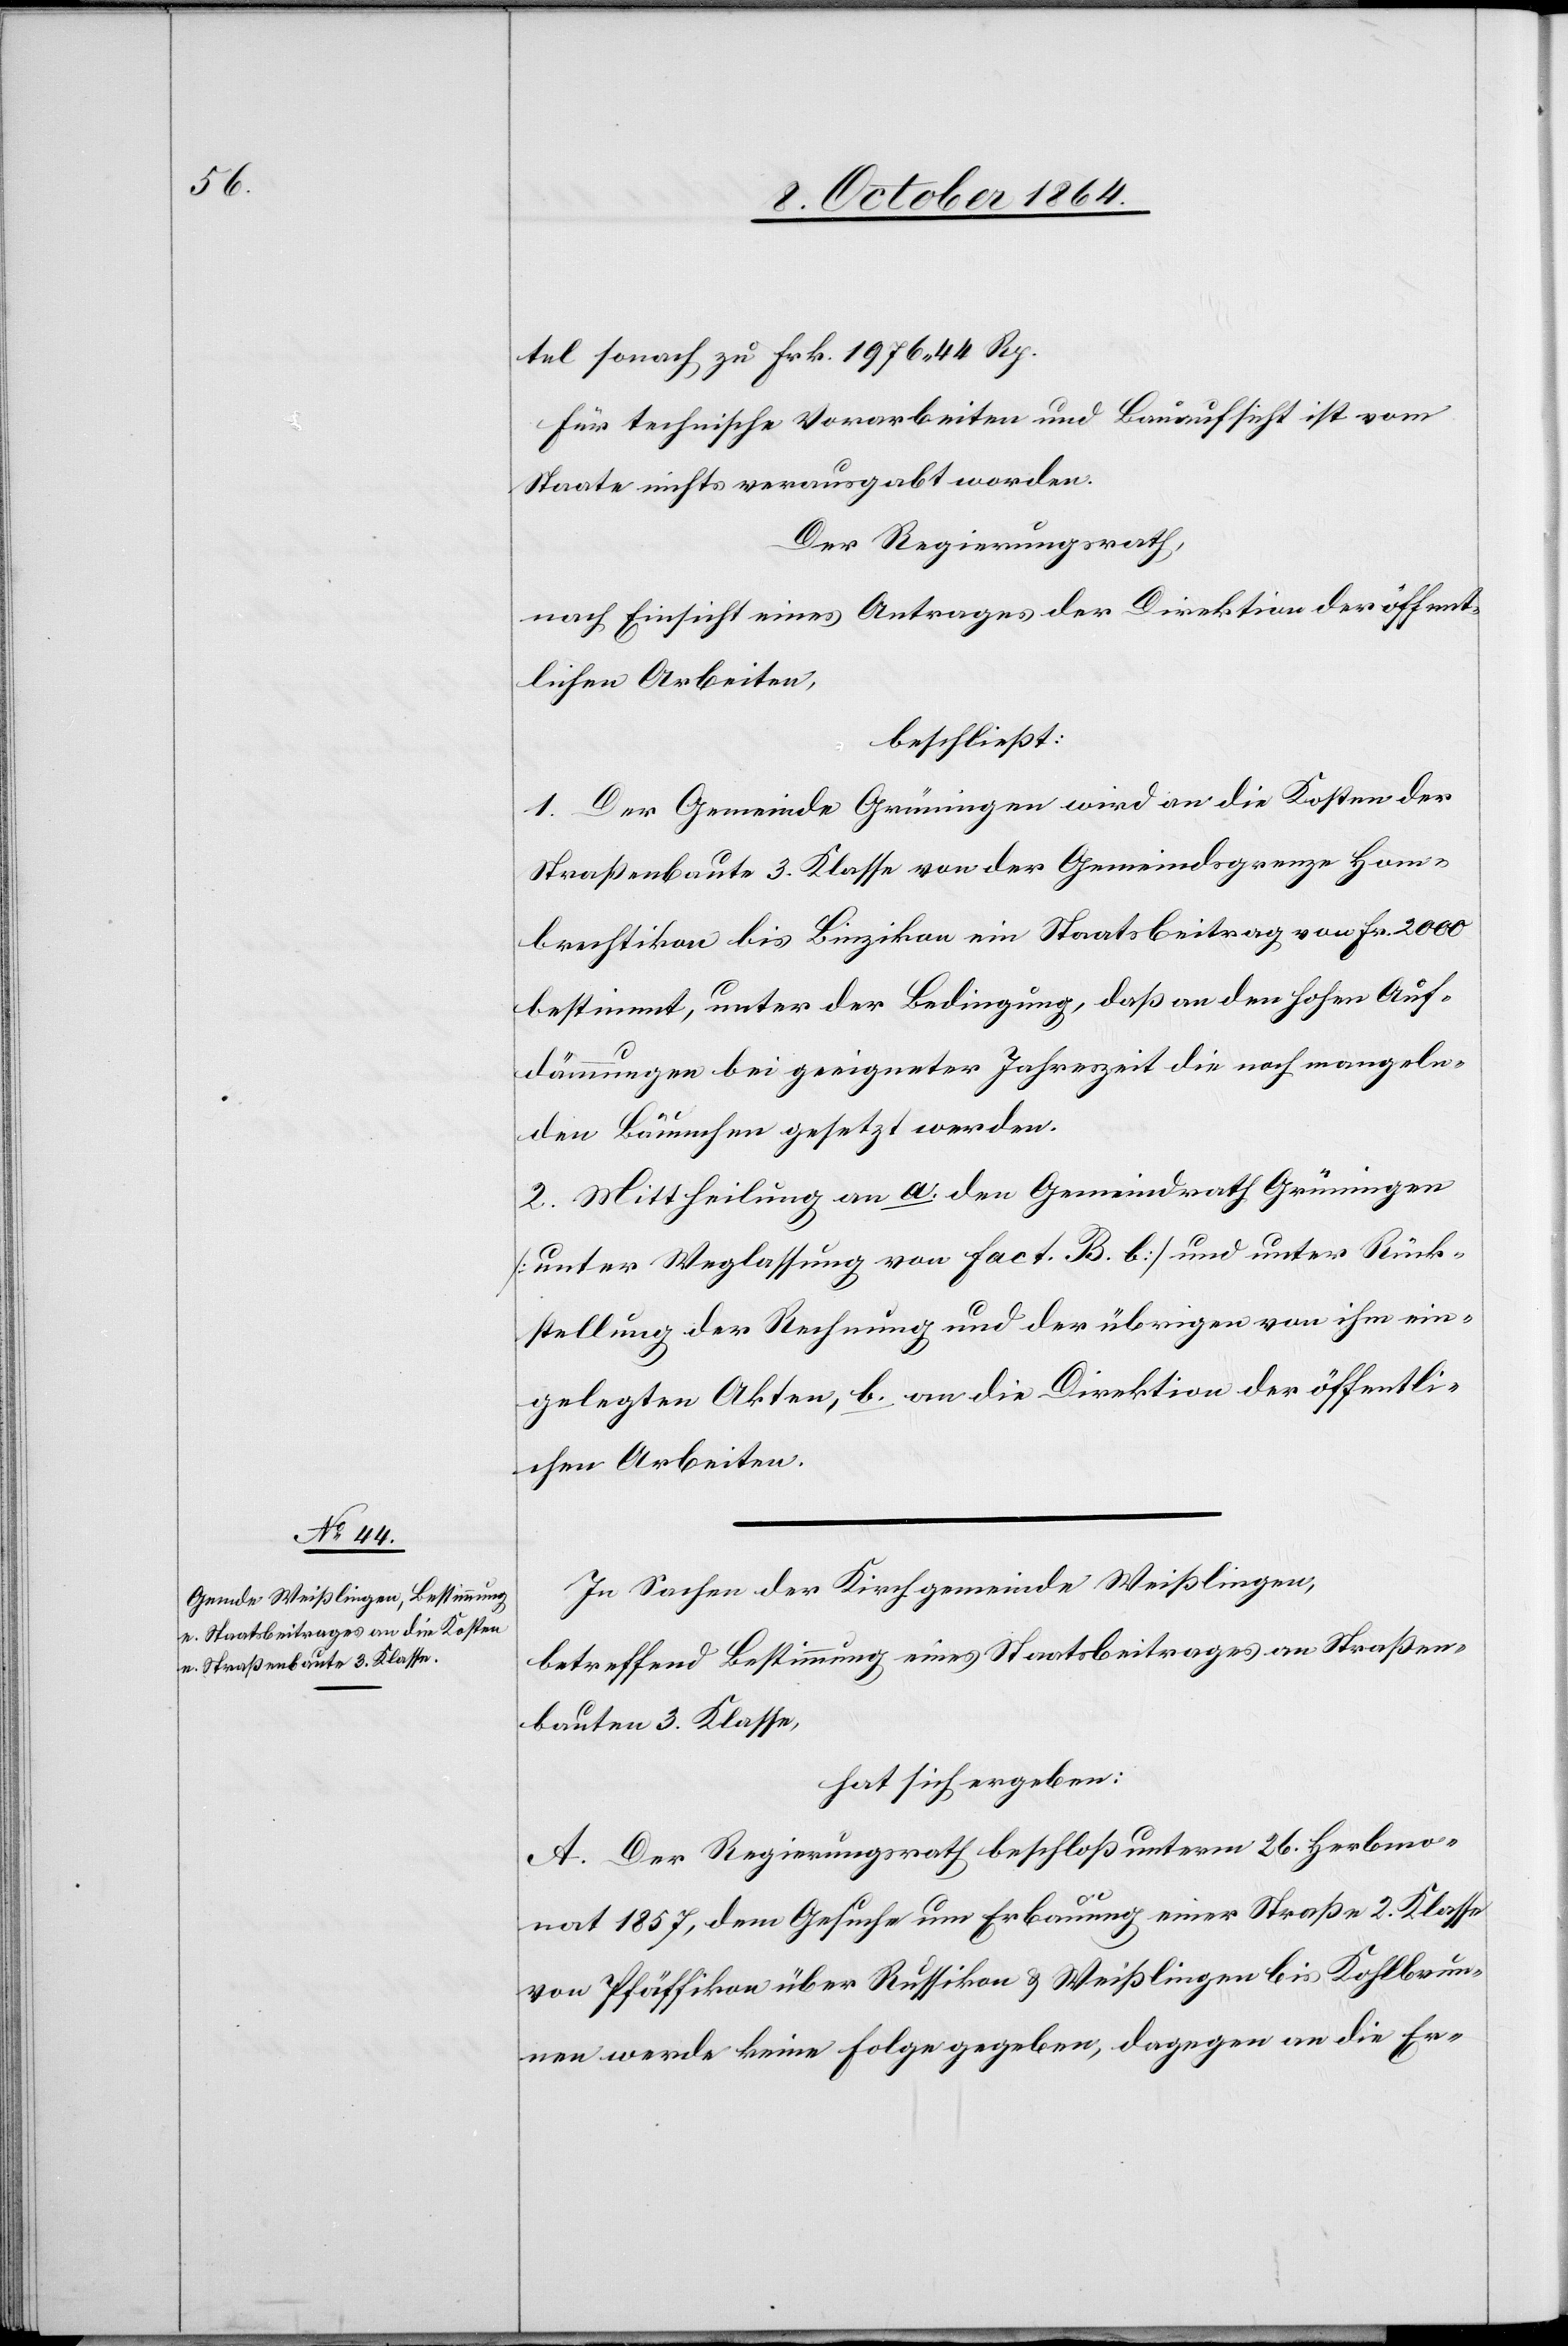
tel sonach zu Frk. 1 976.44 Rp.
Für technische Vorarbeiten und Bauaufsicht ist vom
Staate nichts verausgabt worden.
Der Regierungsrath,
nach Einsicht eines Antrages der Direktion der öffent¬
lichen Arbeiten,
beschließt:
1. Der Gemeinde Grüningen wird an die Kosten der
Straßenbaute 3. Klasse von der Gemeindsgrenze Hom¬
brechtikon bis Binzikon ein Staatsbeitrag von Fr. 2 000
bestimmt, unter der Bedingung, daß an den hohen Auf¬
dämmungen bei geeigneter Jahreszeit die noch mangeln¬
den Bäumchen gesetzt werden.
2. Mittheilung an a. den Gemeindrath Grüningen
[unter Weglassung von Fact. B. b] und unter Rück¬
stellung der Rechnung und der übrigen von ihm ein¬
gelegten Akten, b. an die Direktion der öffentli¬
chen Arbeiten.
In Sachen der Kirchgemeinde Weißlingen,
betreffend Bestimmung eines Staatsbeitrages an Straßen¬
bauten 3. Klasse,
hat sich ergeben:
A. Der Regierungsrath beschloß unterm 26. Herb[st]mo¬
nat 1857, dem Gesuch um Erbauung einer Straße 2. Klasse
von Pfäffikon über Russikon & Weißlingen bis Kohlbrun¬
nen werde keine Folge gegeben, dagegen an die Er-